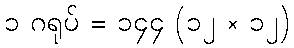
၁ ဂရုပ် = ၁၄၄ (၁၂ × ၁၂)